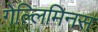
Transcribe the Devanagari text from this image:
गेल्‍लिमिनस